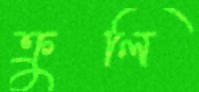
ক্রুলি